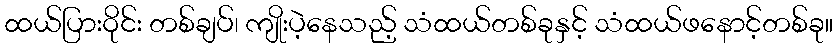
ထယ်ပြားဝိုင်း တစ်ချပ်၊ ကျိုးပဲ့နေသည့် သံထယ်တစ်ခုနှင့် သံထယ်ဖနောင့်တစ်ခု။